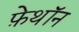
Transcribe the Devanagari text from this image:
फ़ेथॉन